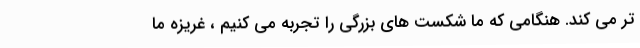
تر می کند. هنگامی که ما شکست های بزرگی را تجربه می کنیم ، غریزه ما